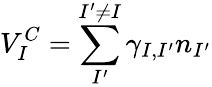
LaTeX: V_{I}^{C}=\sum_{I^{\prime}}^{I^{\prime}\ne I}\gamma_{I,I^{\prime}}n_{I^{\prime}}